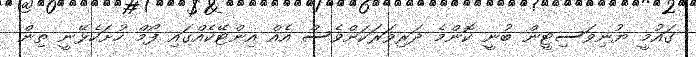
ގައުމީ ޔުނިވަސިޓީން ބުނީ ކޮންމެ ދަރިވަރަކަށްވެސް އެއް އިންޓޭކެއްގައި ފޯމް ހުށަހެޅޭނީ ތިން